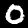
Digit: 0